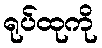
ရုပ်ထုကို